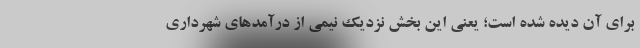
برای آن دیده شده است؛ یعنی این بخش نزدیک نیمی از درآمدهای شهرداری